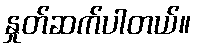
နှုတ်ဆက်ပါတယ်။